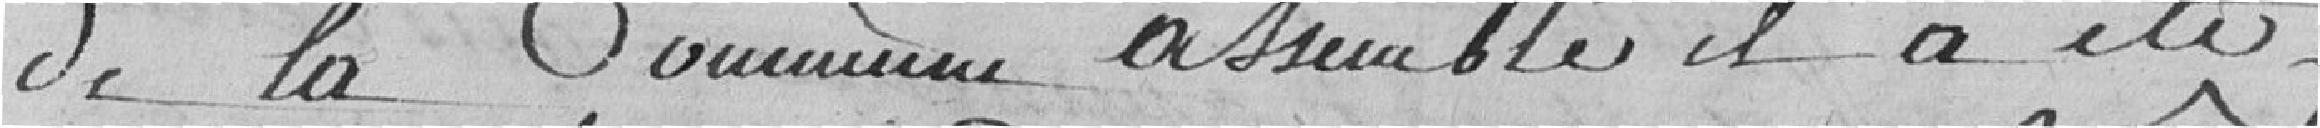
de la Commune assemblé il a été